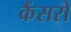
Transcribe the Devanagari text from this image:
कैंसरो